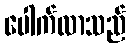
ပေါက်လာသည်